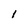
Character: l